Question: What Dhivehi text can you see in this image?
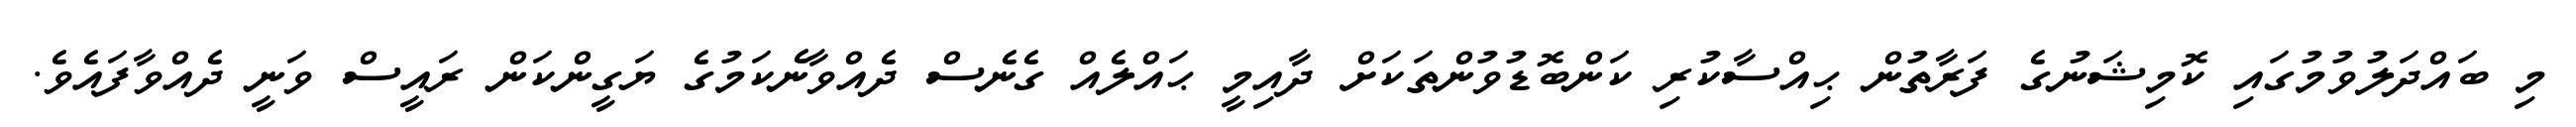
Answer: މި ބައްދަލުވުމުގައި ކޮމިޝަނުގެ ފަރާތުން ޙިއްސާކުރި ކަންބޮޑުވުންތަކަށް ދާއިމީ ޙައްލެއް ގެނެސް ދެއްވާނެކަމުގެ ޔަގީންކަން ރައީސް ވަނީ ދެއްވާފައެވެ.